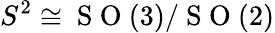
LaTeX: S^{2}\cong\mathrm{~S~O~}(3)/\mathrm{~S~O~}(2)